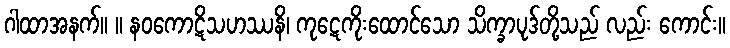
ဂါထာအနက်။ ။ နဝကောဋိသဟဿနိ၊ ကုဋေကိုးထောင်သော သိက္ခာပုဒ်တို့သည် လည်း ကောင်း။